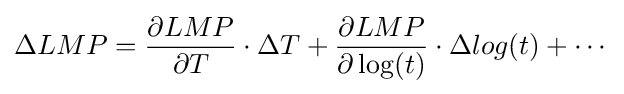
\Delta LMP={\frac {\partial LMP}{\partial T}}\cdot \Delta T+{\frac {\partial LMP}{\partial \log(t)}}\cdot \Delta log(t)+\cdots